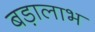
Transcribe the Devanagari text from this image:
बड़ालाभ